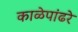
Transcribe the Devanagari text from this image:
काळेपांढरे